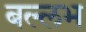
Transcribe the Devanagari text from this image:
बल्‍लभ